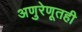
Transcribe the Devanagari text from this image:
अणुरेणूतही